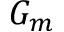
G _ { m }